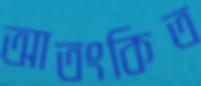
আতংকিত